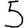
Digit: 5